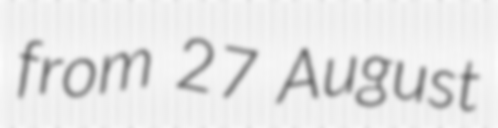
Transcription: from 27 August